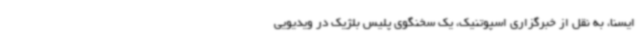
ایسنا، به نقل از خبرگزاری اسپوتنیک، یک سخنگوی پلیس بلژیک در ویدیویی